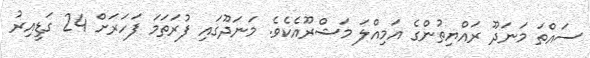
ސައްތަ މަނަދޫ ރައްޔިތުންގެ އަމިއްލަ މަޝްރޫއެކެވެ. މަނަދޫގައި ފުރަތަމަ ފަހަރަށް 24 ގަޑީއިރު